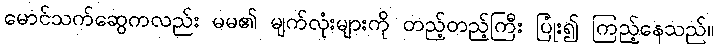
မောင်သက်ဆွေကလည်း မမ၏ မျက်လုံးများကို တည့်တည့်ကြီး ပြုံး၍ ကြည့်နေသည်။